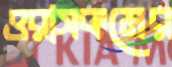
ওরাসকমের